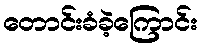
တောင်းခံခဲ့ကြောင်း